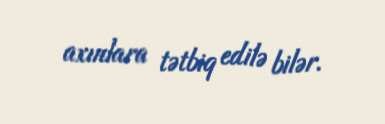
axınlara tətbiq edilə bilər.